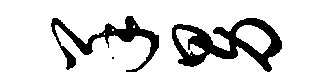
羊男